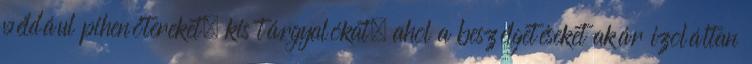
például pihenőtereket, kis tárgyalókat, ahol a beszélgetéseket akár izoláltan